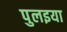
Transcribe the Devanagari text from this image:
पुलइया